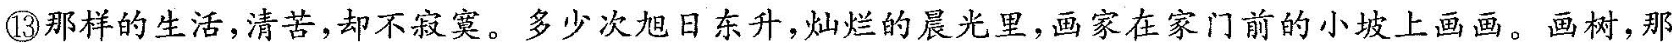
⑬那样的生活，清苦，却不寂寞。多少次旭日东升，灿烂的晨光里，画家在家门前的小坡上画画。画树，那